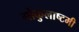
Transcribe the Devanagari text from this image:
गोकुलाष्टमी